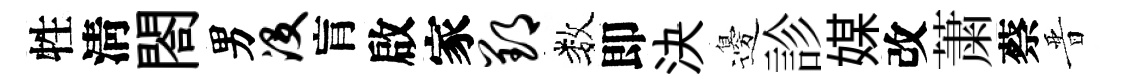
牲淸閤男没肓啟家郢数即決邊診媒改䔥蔡晋